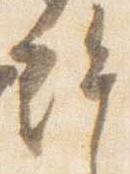
許